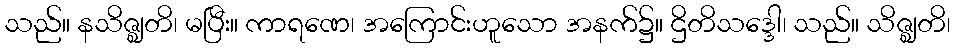
သည်။ နသိဇ္ဈတိ၊ မပြီး။ ကာရဏေ၊ အကြောင်းဟူသော အနက်၌။ ဌိတိသဒ္ဒေါ၊ သည်။ သိဇ္ဈတိ၊